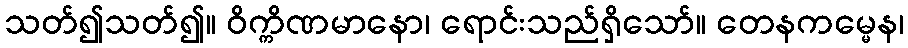
သတ်၍သတ်၍။ ဝိက္ကိဏမာနော၊ ရောင်းသည်ရှိသော်။ တေနကမ္မေန၊